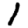
Digit: 1